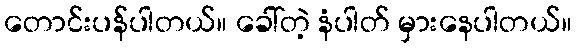
တောင်းပန်ပါတယ်။ ခေါ်တဲ့ နံပါတ် မှားနေပါတယ်။